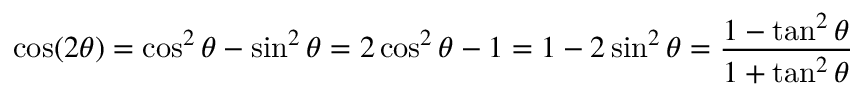
\cos ( 2 \theta ) = \cos ^ { 2 } \theta - \sin ^ { 2 } \theta = 2 \cos ^ { 2 } \theta - 1 = 1 - 2 \sin ^ { 2 } \theta = { \frac { 1 - \tan ^ { 2 } \theta } { 1 + \tan ^ { 2 } \theta } }